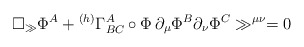
\begin{align*}\square_\gg \Phi^A + {}^{(h)} \Gamma_{BC}^A\circ\Phi\, \partial_\mu \Phi^B \partial_\nu \Phi^C \gg^{\mu\nu} = 0\end{align*}